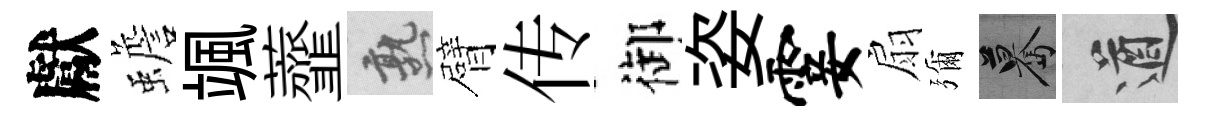
獻蟾颯虀熟臂传御姿霎扇彌驀遒